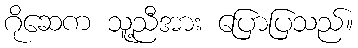
ဂိုဆေက သူ့ညီအား ပြောပြသည်။